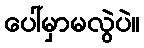
ပေါ်မှာမလွဲပဲ။